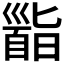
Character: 𩠜